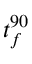
t _ { f } ^ { 9 0 }